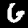
Label: 6